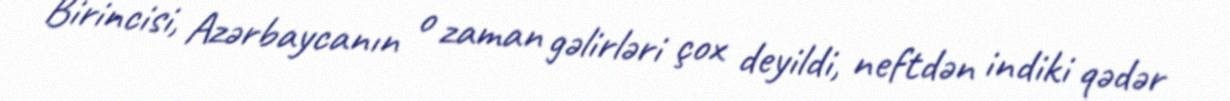
Birincisi, Azərbaycanın o zaman gəlirləri çox deyildi, neftdən indiki qədər